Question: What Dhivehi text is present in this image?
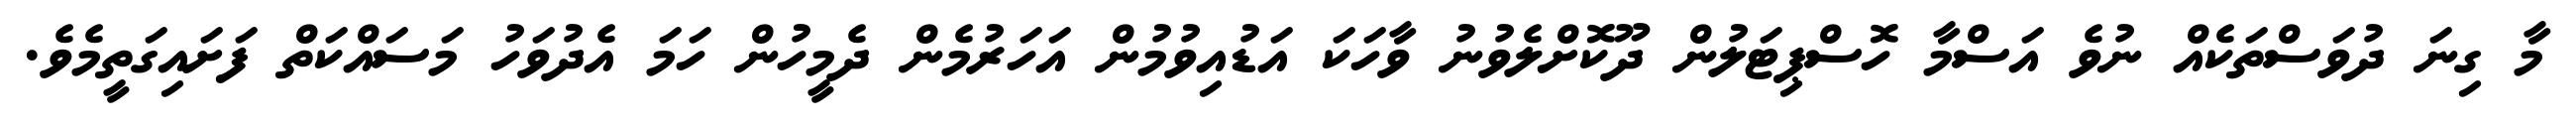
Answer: މާ ގިނަ ދުވަސްތަކެއް ނުވެ އަސްމާ ހޮސްޕިޓަލުން ދޫކޮށްލެވުނު ވާހަކަ އަޑުއިވުމުން އަހަރުމެން ދެމީހުން ހަމަ އެދުވަހު މަސައްކަތް ފަށައިގަތީމެވެ.